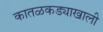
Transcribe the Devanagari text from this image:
कातळकड्याखाली